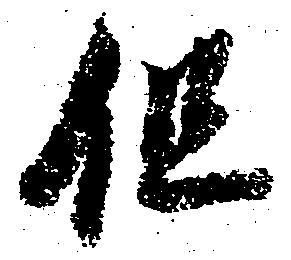
但